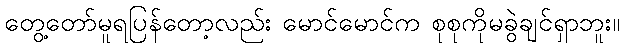
တွေ့တော်မူရပြန်တော့လည်း မောင်မောင်က စုစုကိုမခွဲချင်ရှာဘူး။